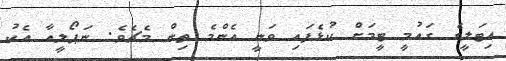
އިޓަލީގެ ގައުމީ ޓީމަށް ކުޅެފައި ވަނީ އެންމެ ތިން މެޗެވެ. ނަޕޯލީއާ އެކު